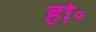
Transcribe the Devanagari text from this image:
हो॰